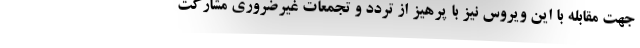
جهت مقابله با این ویروس نیز با پرهیز از تردد و تجمعات غیرضروری مشارکت